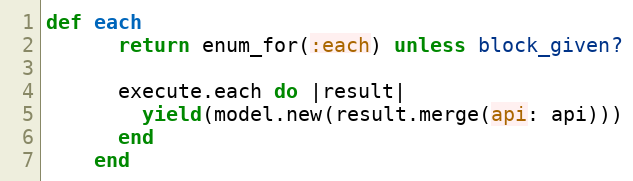
Language: Ruby
def each
      return enum_for(:each) unless block_given?

      execute.each do |result|
        yield(model.new(result.merge(api: api)))
      end
    end